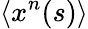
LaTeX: \langle x^{n}(s)\rangle